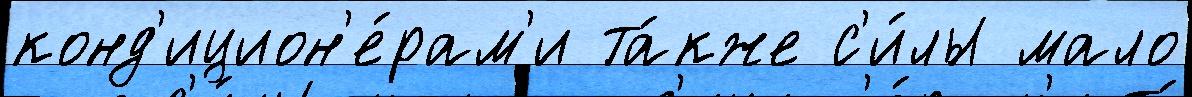
конд'ицион'е́рам'и та́кже с'и́лы мало